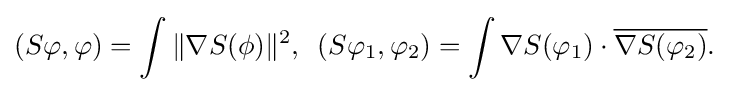
\displaystyle {(S\varphi ,\varphi )=\int \|\nabla S(\phi )\|^{2},\,\,\,(S\varphi _{1},\varphi _{2})=\int \nabla S(\varphi _{1})\cdot {\overline {\nabla S(\varphi _{2})}}.}